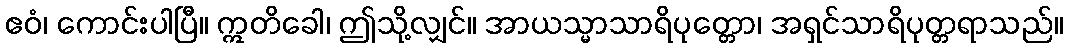
ဧဝံ၊ ကောင်းပါပြီ။ ဣတိခေါ၊ ဤသို့လျှင်။ အာယသ္မာသာရိပုတ္တော၊ အရှင်သာရိပုတ္တရာသည်။